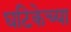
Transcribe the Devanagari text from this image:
घटिकेच्या